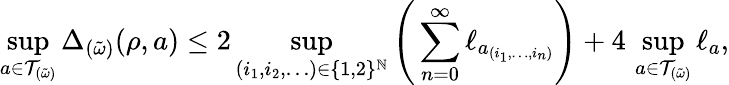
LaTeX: \operatorname*{sup}_{a\in\mathcal{T}_{(\tilde{\omega})}}\Delta_{(\tilde{\omega})}(\rho,a)\leq 2\operatorname*{sup}_{(i_{1},i_{2},\ldots)\in\{ 1,2\} ^{\mathbb{N}}}\Bigg(\sum_{n=0}^{\infty}\ell_{a_{(i_{1},\ldots,i_{n})}}\Bigg)+4\, \operatorname*{sup}_{a\in\mathcal{T}_{(\tilde{\omega})}}\ell_{a},